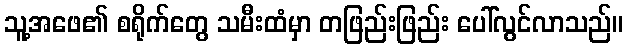
သူ့အဖေ၏ စရိုက်တွေ သမီးထံမှာ တဖြည်းဖြည်း ပေါ်လွင်လာသည်။